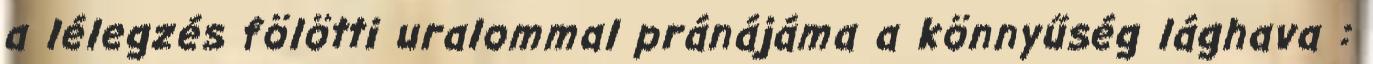
a lélegzés fölötti uralommal pránájáma a könnyűség lághava :